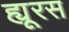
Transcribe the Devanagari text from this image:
ह्यूरस